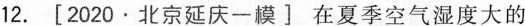
12. [2020.北京延庆一模] 在夏季空气湿度大的